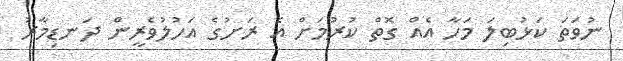
ނުވަތަ ކަޅުބިލަ މަހާ އެއް ގޮތް ކުރުމަށް އެ ރަށުގެ އަހުލުވެރީން ދަނޑިމާރު